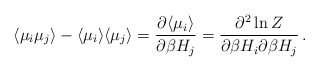
\begin{align*}\langle \mu _{i}\mu _{j}\rangle -\langle\mu _{i}\rangle \langle\mu _{j}\rangle =\frac{\partial \langle \mu _{i}\rangle }{\partial\beta H_{j}}=\frac{\partial ^{2}\ln Z}{\partial \beta H_{i}\partial\beta H_{j}}\, .\end{align*}